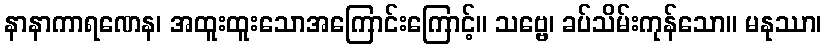
နာနာကာရဏေန၊ အထူးထူးသောအကြောင်းကြောင့်။ သဗ္ဗေ၊ ခပ်သိမ်းကုန်သော။ မနုဿာ၊